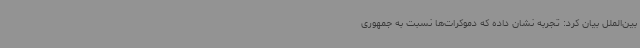
بین‌الملل بیان کرد: تجربه نشان داده که دموکرات‌ها نسبت به جمهوری‌